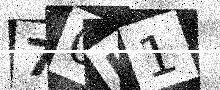
Text: 70H1